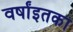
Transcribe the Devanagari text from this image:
वर्षांइतका